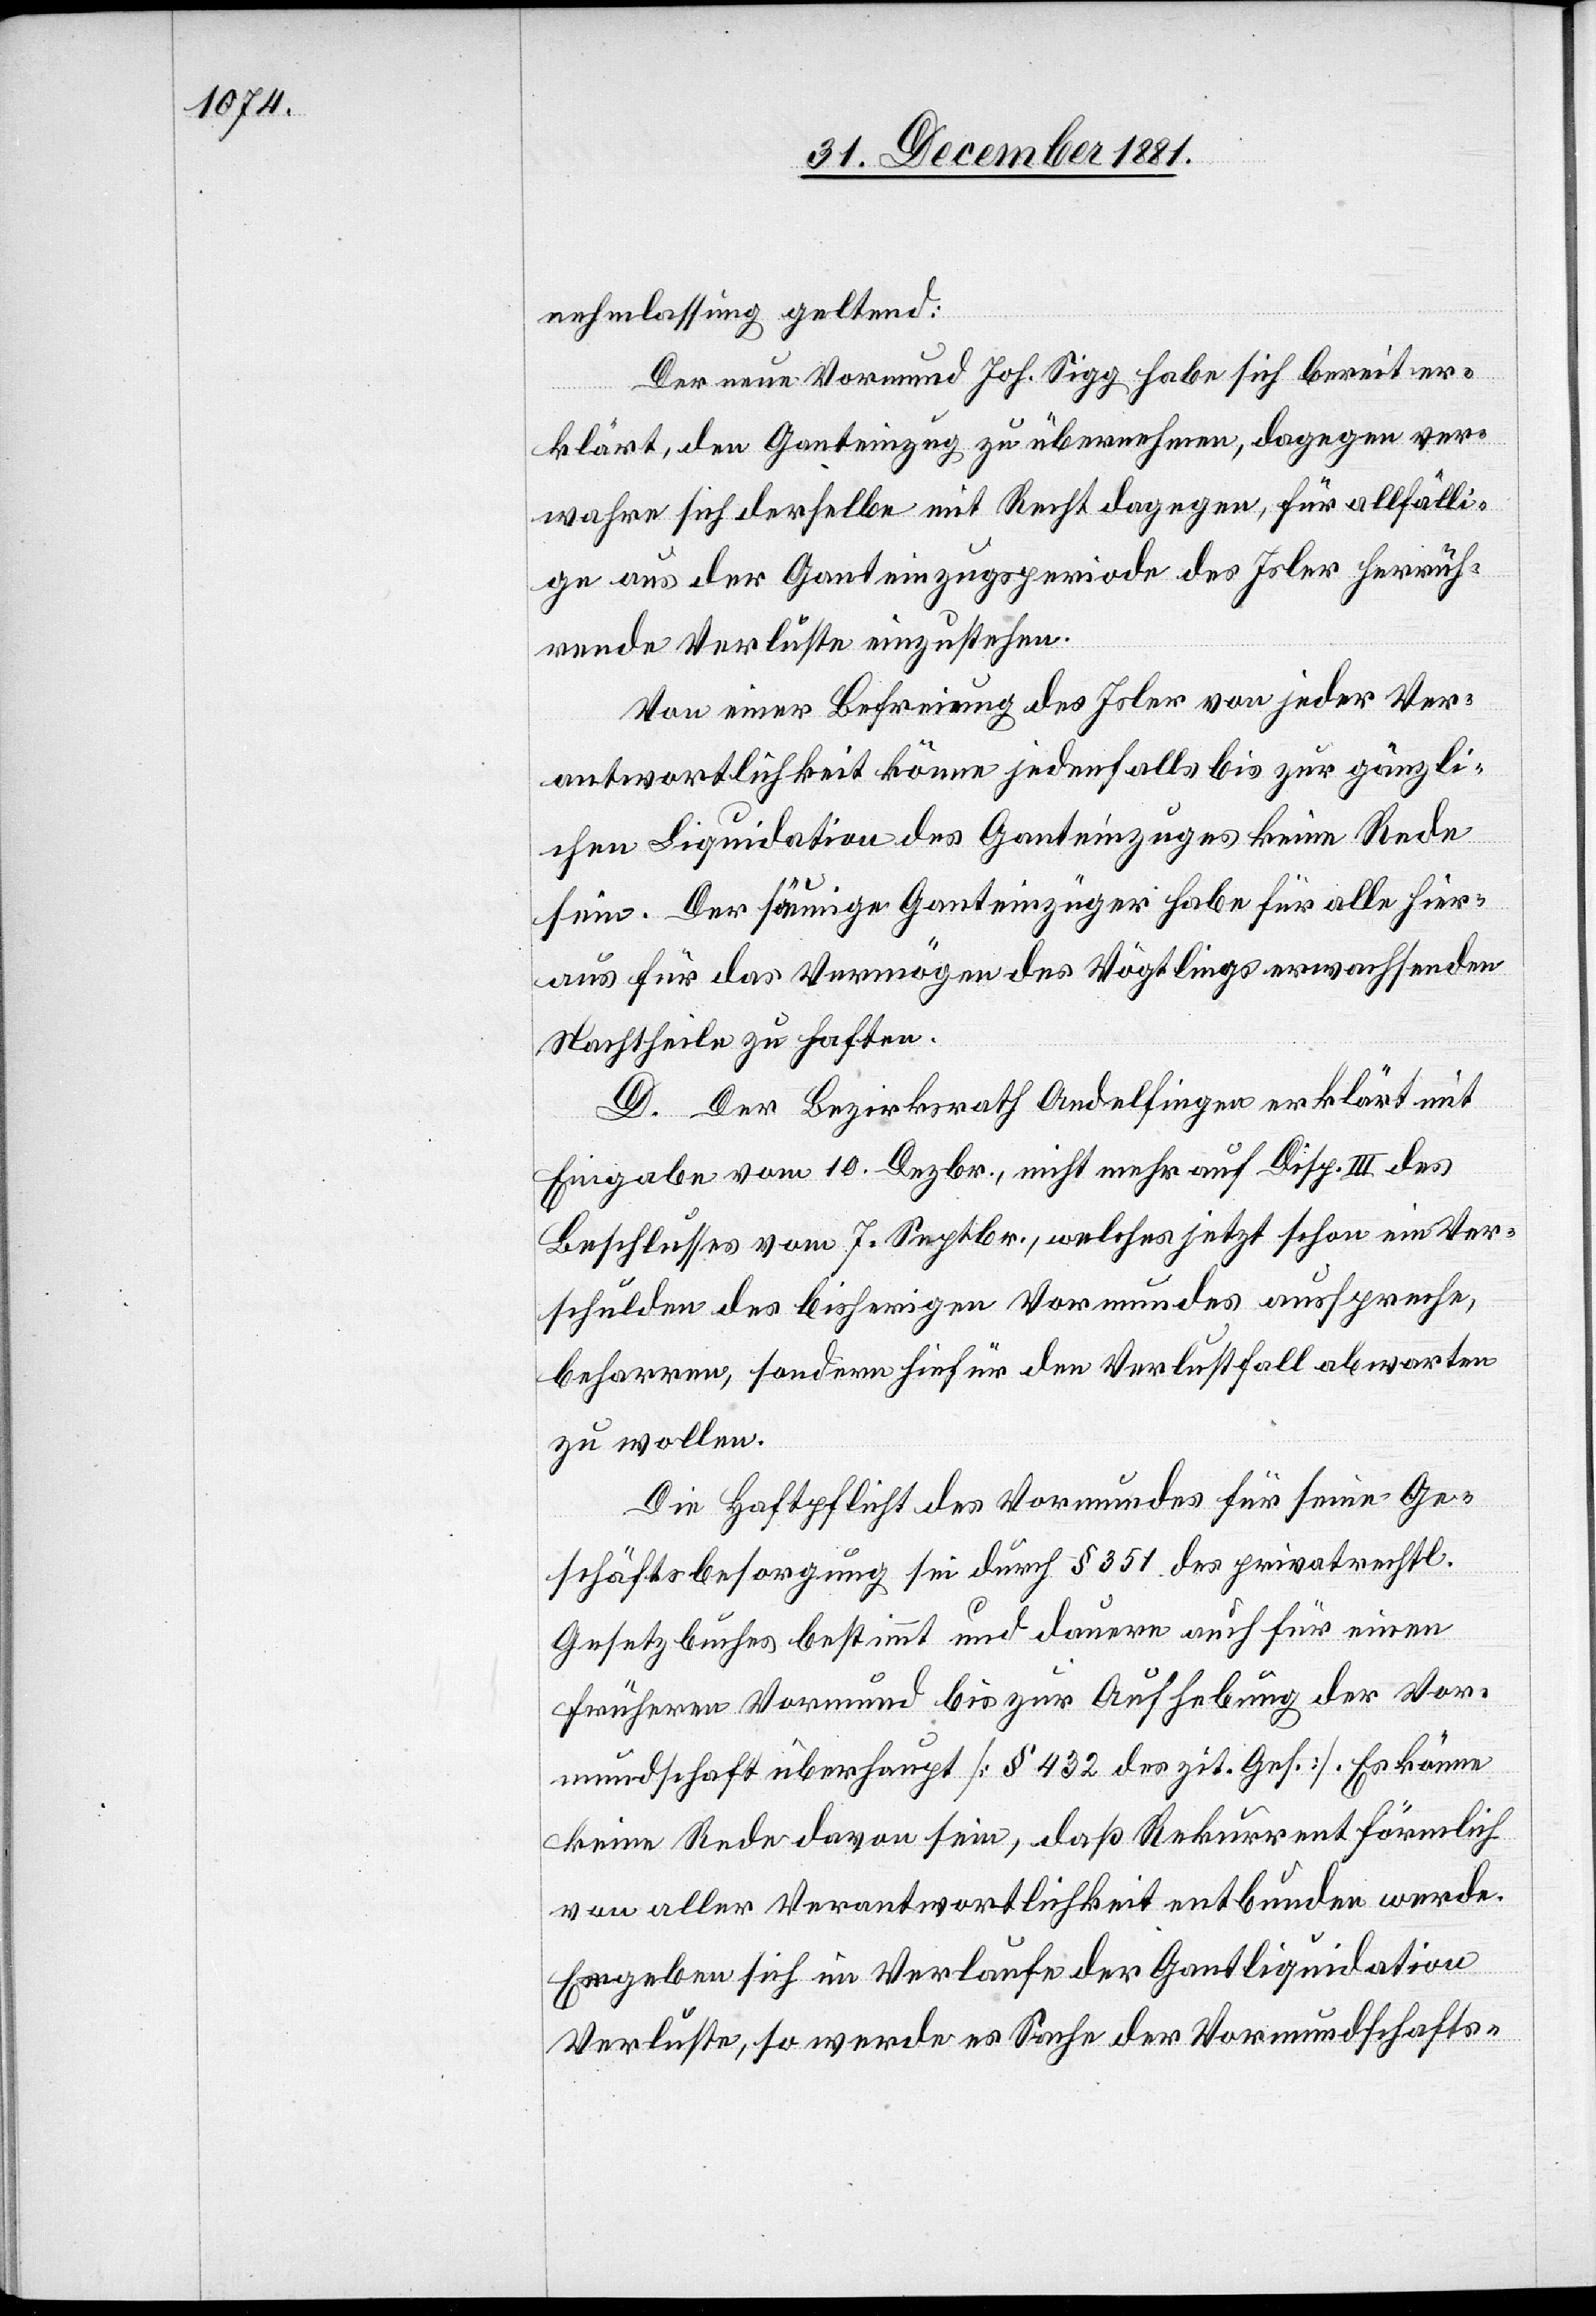
nehmlassung geltend:
Der neue Vormund Joh. Sigg habe sich bereit er¬
klärt, den Ganteinzug zu übernehmen, dagegen ver¬
wahre sich derselbe mit Recht dagegen, für allfälli¬
ge aus der Ganzeinzugsperiode des Isler herrüh¬
rende Verluste einzustehen.
Von einer Befreiung des Isler von jeder Ver¬
antwortlichkeit könne jedenfalls bis zur gänzli¬
chen Liquidation des Ganteinzuges keine Rede
sein. Der säumige Ganzeinzüger habe für alle hier¬
aus für das Vermögen des Vögtlings erwachsenden
Nachtheile zu haften.
D. Der Bezirksrath Andelfingen erklärt mit
Eingabe vom 10. Dezbr., nicht mehr auf Disp. III des
Beschlusses vom 7. Septbr., welches jetzt schon ein Ver¬
schulden des bisherigen Vormundes ausspreche,
beharren, sondern hiefür den Verlustfall abwarten
zu wollen.
Die Haftpflicht des Vormundes für seine Ge¬
schäftsbesorgung sei durch § 351 des privatrechtl.
Gesetzbuches bestimmt und dauere auch für einen
früheren Vormund bis zur Aufhebung der Vor¬
mundschaft überhaupt [§ 432 des zit. Ges.]. Es könne
keine Rede davon sein, daß Rekurrent förmlich
von aller Verantwortlichkeit entbunden werde.
Ergeben sich im Verlaufe der Gantliquidation
Verluste, so werde es Sache der Vormundschafts-